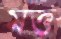
মত্ত